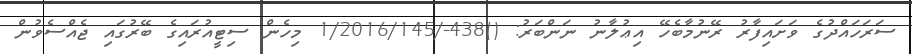
ސަރަހައްދުގެ ވަށައިފާރު ރޭނުމާބެހޭ އިޢުލާނު ނަންބަރު: ()438-/1/2016/145 މިހެން ސިޓީއުރައިގެ ބޭރުގައި ޖެއްސެވުން